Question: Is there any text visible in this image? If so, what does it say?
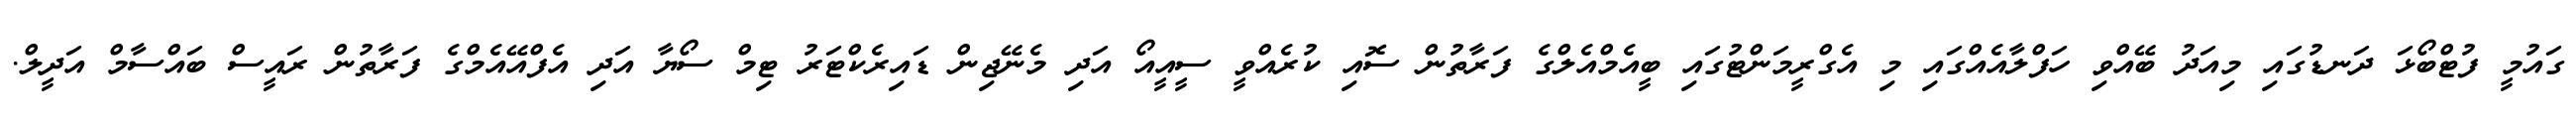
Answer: ގައުމީ ފުޓްބޯޅަ ދަނޑުގައި މިއަދު ބޭއްވި ހަފްލާއެއްގައި މި އެގްރީމަންޓުގައި ބީއެމްއެލްގެ ފަރާތުން ސޮއި ކުރެއްވީ ސީއީއޯ އަދި މެނޭޖިން ޑައިރެކްޓަރު ޓިމް ސޯޔާ އަދި އެފްއޭއެމްގެ ފަރާތުން ރައީސް ބައްސާމް އަދީލް.